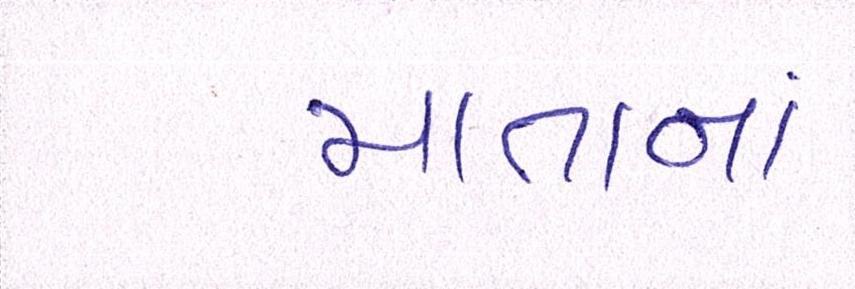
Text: માતાનાં